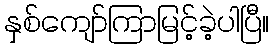
နှစ်ကျော်ကြာမြင့်ခဲ့ပါပြီ။